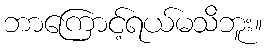
ဘာကြောင့်ရယ်မသိဘူး။